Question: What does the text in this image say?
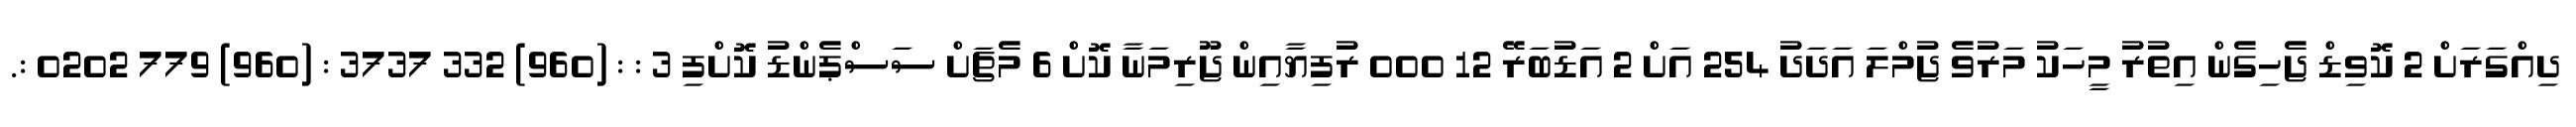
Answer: ދިއްގަރަށް 2 ކޮވިޑް ޖެހިގެން އިތުރު މީހަކު މަރުވެ ޖުމްލަ އަދަދު 254 އަށް 2 އަޑުބަރޭ 12 000 ރުފިޔާއިން ޖޫރިމަނާ ކޮށް 6 މެޗަށް ސަސްޕެންޑު ކޮށްފި 3 : : (960) 332 3737 : (960) 779 0202 :.